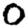
Digit: 0